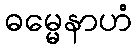
ဓမ္မေနာဟံ